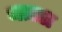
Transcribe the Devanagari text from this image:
मज़ल